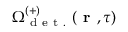
\Omega _ { \mathrm { ~ d ~ e ~ t ~ . ~ } } ^ { ( + ) } ( \textbf { r } , \tau )